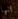
انها